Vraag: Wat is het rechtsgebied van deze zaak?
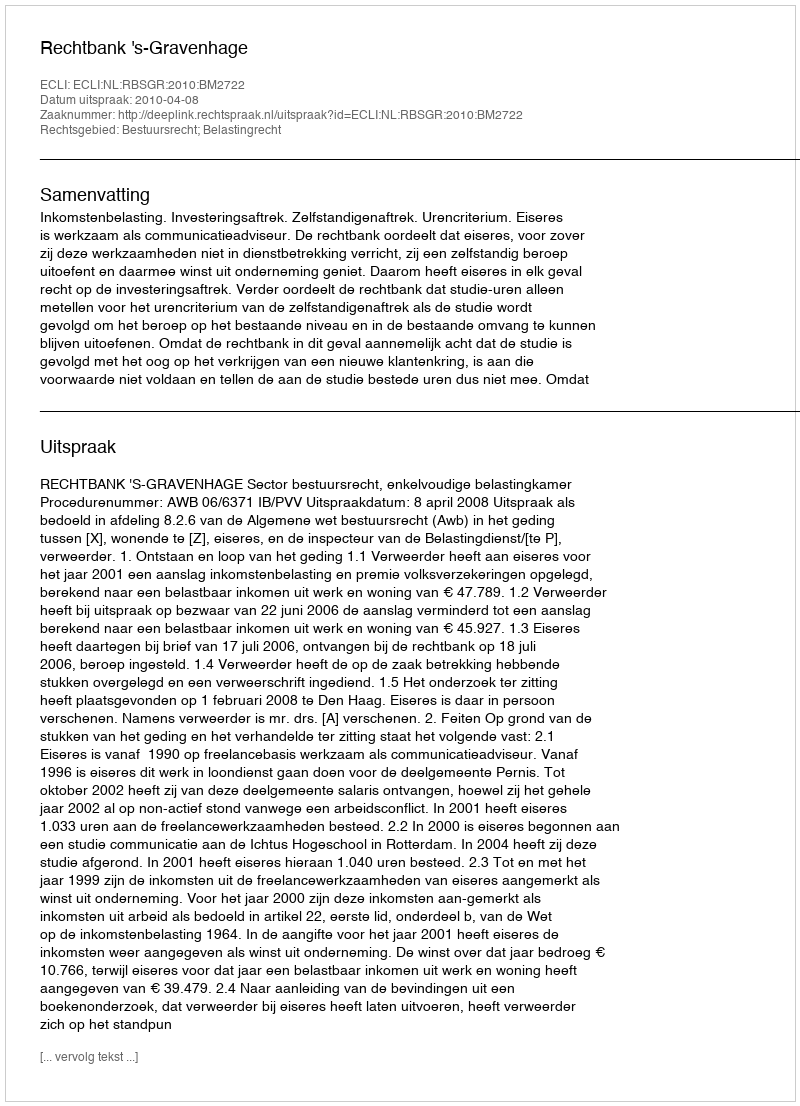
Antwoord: Bestuursrecht; Belastingrecht